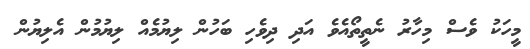
މީހަކު ވެސް މިހާރު ނެތީތޯއެވެ އަދި ދިވެހި ބަހުން ލިޔުމެއް ލިޔުމުން އެލިޔުން